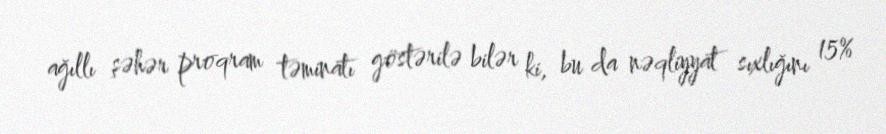
ağıllı şəhər proqram təminatı göstərilə bilər ki, bu da nəqliyyat sıxlığını 15%